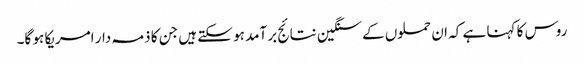
روس کا کہنا ہے کہ ان حملوں کے سنگین نتائج برآمد ہو سکتے ہیں جن کا ذمہ دار امریکا ہو گا۔